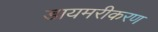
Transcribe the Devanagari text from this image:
डायमरीकरण